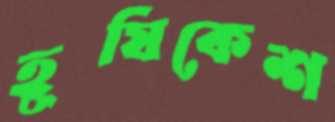
হূষিকেশ